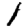
Digit: 1